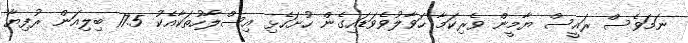
ނަމަވެސް ރައީސް ޔާމީން ވެރިކަމާ ހަވާލުވެވަޑައިގެން ހުށަހެޅި އިސްލާހުތަކާއެކު 17.5 ބިލިއަން ރުފިޔާ